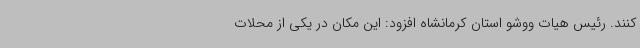
کنند. رئیس هیات ووشو استان کرمانشاه افزود: این مکان در یکی از محلات